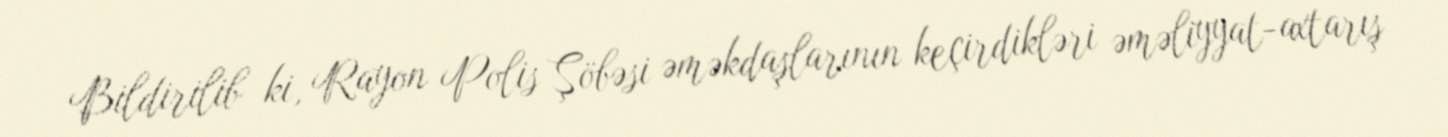
Bildirilib ki, Rayon Polis Şöbəsi əməkdaşlarının keçirdikləri əməliyyat-axtarış